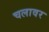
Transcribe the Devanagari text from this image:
चलावर